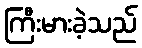
ကြီးမားခဲ့သည်